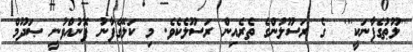
'''ލޫޠުގެފާނަކީ'''  ގެ ރަސޫލުންގެ ތެރެއިން ރަސޫލެކެވެ. މި ކަލޭގެފާނު ފޮނުއްވުނީ ޞަދޫމް